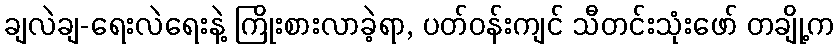
ချလဲချ-ရေးလဲရေးနဲ့ ကြိုးစားလာခဲ့ရာ, ပတ်ဝန်းကျင် သီတင်းသုံးဖော် တချို့က